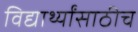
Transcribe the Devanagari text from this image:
विद्यार्थ्यांसाठीच